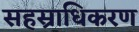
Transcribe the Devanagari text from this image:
सहस्राधिकरण